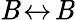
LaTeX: \mathit{B}\! \leftrightarrow\! \mathit{B}